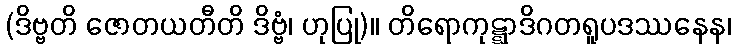
(ဒိဗ္ဗတိ ဇောတယတီတိ ဒိဗ္ဗံ၊ ဟုပြု)။ တိရောကုဋ္ဋာဒိဂတရူပဒဿနေန၊